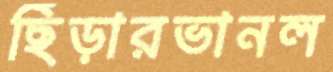
ছিঁড়ারভানল